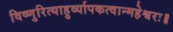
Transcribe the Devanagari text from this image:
विष्णुरित्याहुर्व्यापकत्वान्महेश्वरः॥